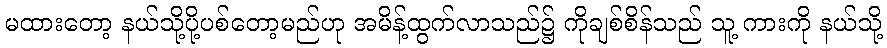
မထားတော့ နယ်သို့ပို့ပစ်တော့မည်ဟု အမိန့်ထွက်လာသည်၌ ကိုချစ်စိန်သည် သူ့ ကားကို နယ်သို့